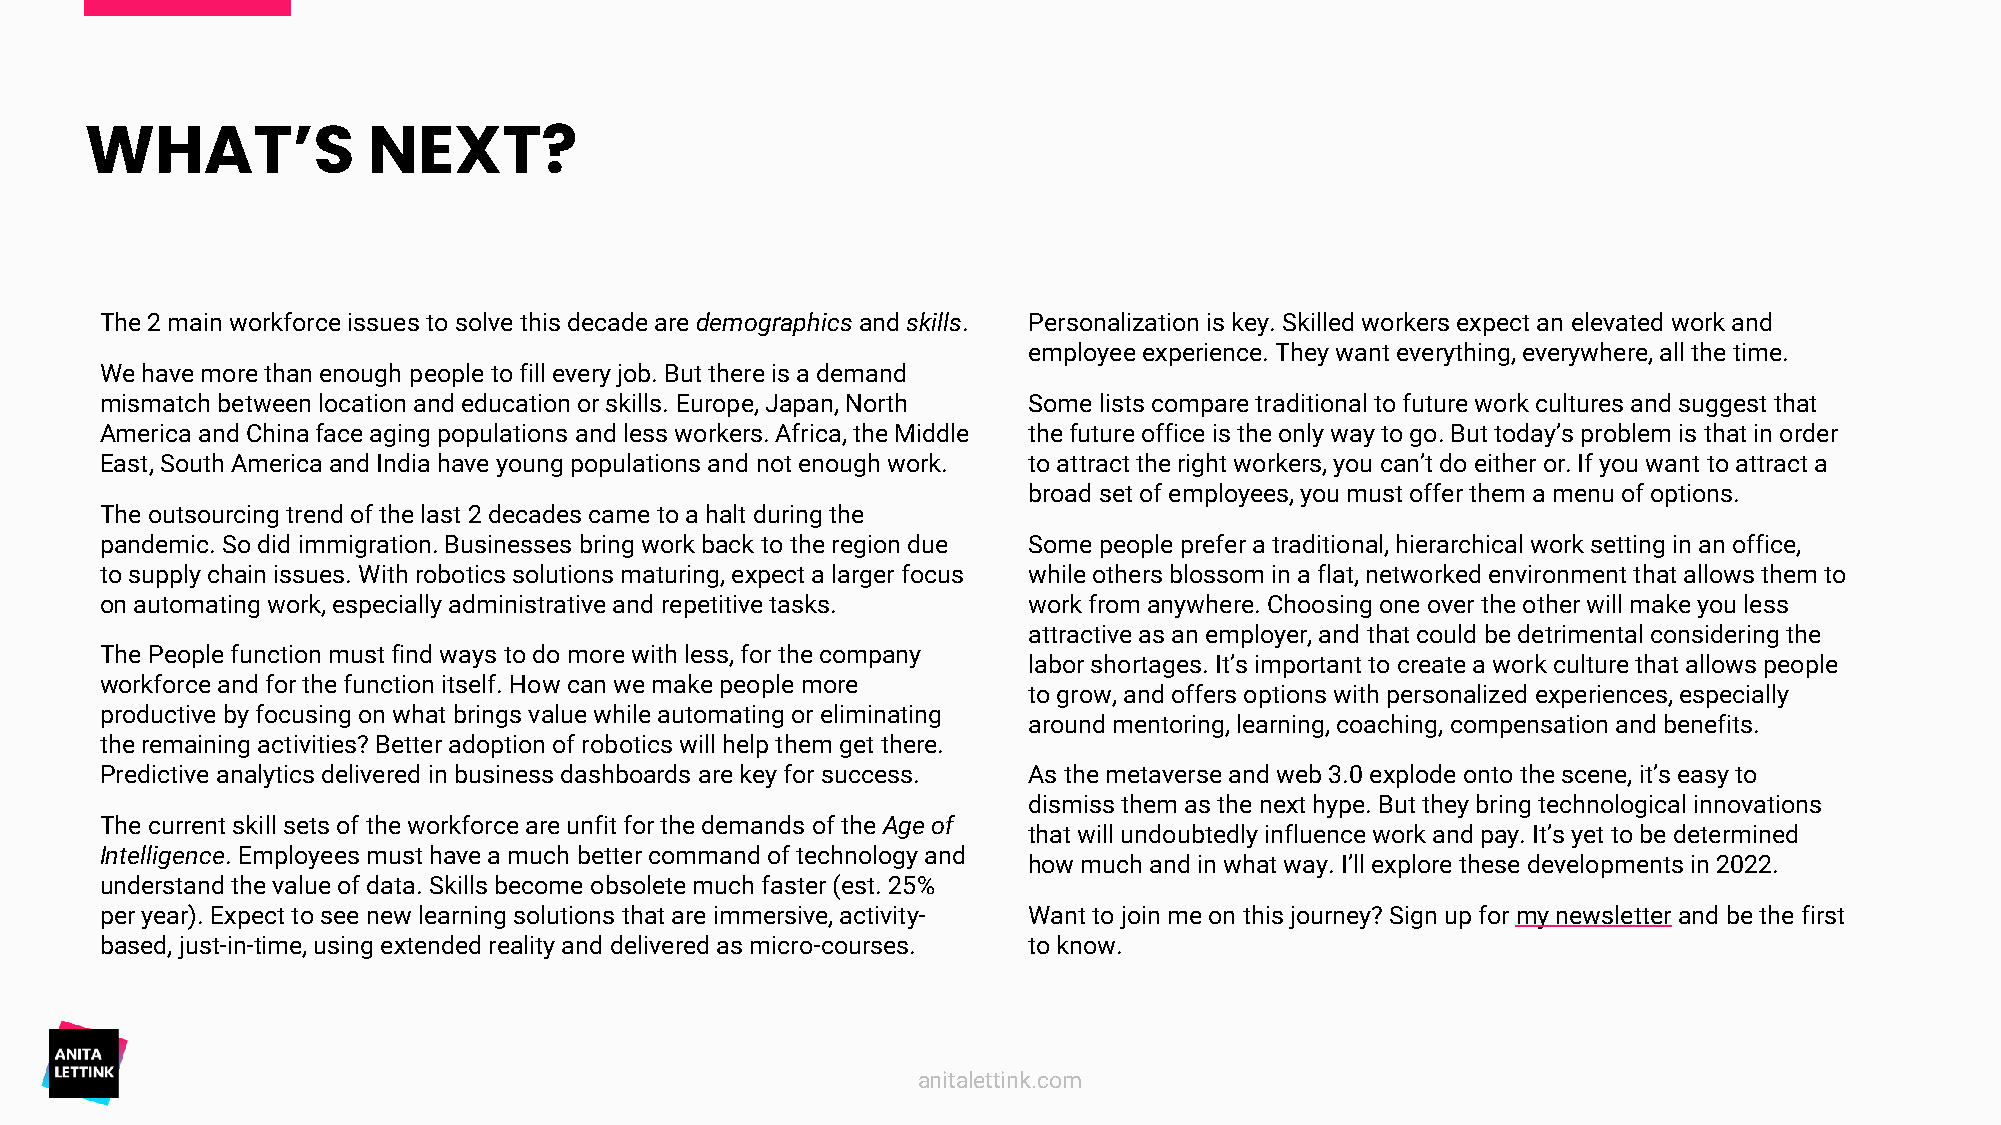
WHAT’S            NEXT?
 The 2 main workforce issues to solve this decade are demographicsand skills. Personalization is key. Skilled workers expect an elevated work and
 employee experience. They want everything, everywhere, all the time.
 We have more than enough people to fill every job. But there is a demand
 mismatch between location and education or skills. Europe, Japan, North Some lists compare traditional to future work cultures and suggest that
 America and China face aging populations and less workers. Africa, the Middle the future office is the only way to go. But today’s problem is that in order
 East, South America and India have young populations and not enough work. to attract the right workers, you can’t do either or. If you want to attract a
 broad set of employees, you must offer them a menu of options.
 The outsourcing trend of the last 2 decades came to a halt during the
 pandemic. So did immigration. Businesses bring work back to the region due Some people prefer a traditional, hierarchical work setting in an office,
 to supply chain issues. With robotics solutions maturing, expect a larger focus while others blossom in a flat, networked environment that allows them to
 on automating work, especially administrative and repetitive tasks. work from anywhere. Choosing one over the other will make you less
 attractive as an employer, and that could be detrimental considering the
 The People function must find ways to do more with less, for the company
 labor shortages. It’s important to create a work culture that allows people
 workforce and for the function itself. How can we make people more
 to grow, and offers options with personalized experiences, especially
 productive by focusing on what brings value while automating or eliminating
 around mentoring, learning, coaching, compensation and benefits.
 the remaining activities? Better adoption of robotics will help them get there.
 Predictive analytics delivered in business dashboards are key for success. As the metaverse and web 3.0 explode onto the scene, it’s easy to
 dismiss them as the next hype. But they bring technological innovations
 The current skill sets of the workforce are unfit for the demands of the Age of
 that will undoubtedly influence work and pay. It’s yet to be determined
 Intelligence. Employees must have a much better command of technology and
 how much and in what way. I’ll explore these developments in 2022.
 understand the value of data. Skills become obsolete much faster (est. 25%
 per year). Expect to see new learning solutions that are immersive, activity- Want to join me on this journey? Sign up for my newsletterand be the first
 based, just-in-time, using extended reality and delivered as micro-courses. to know.
 anitalettink.com